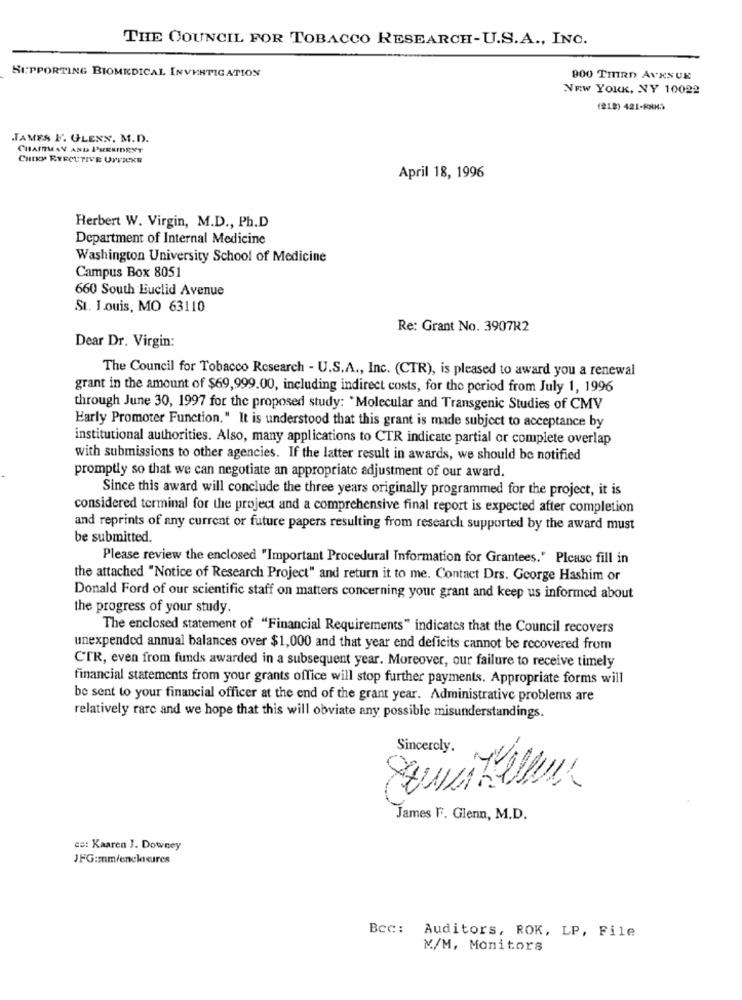
THE COUNCIL FOR TOBACCO RESEARCH-U.S.A ., INC.
SUPPORTING BIOMEDICAL INVESTIGATION
900 THIRD AVENUE
NEW YORK, NY 10022
(212) 421-88K>
TAMES F. GLENN. M.D.
CHAIRMAN AND PRESIDENT
CHI EXECUTIVE UFFICKR
April 18, 1996
Herbert W. Virgin, M.D ., Ph.D
Department of Internal Medicine
Washington University School of Medicine
Campus Box 8051
660 South Euclid Avenue
St. Louis, MO 63110
Re: Grant No. 3907R2
Dear Dr. Virgin:
The Council for Tobacco Research - U.S.A ., Inc. (CTR), is pleased to award you a renewal
grant in the amount of $69,999.00, including indirect costs, for the period from July 1, 1996
through June 30, 1997 for the proposed study: "Molecular and Transgenic Studies of CMV
Early Promoter Function." It is understood that this grant is made subject to acceptance by
institutional authorities. Also, many applications to CTR indicate partial or complete overlap
with submissions to other agencies. If the latter result in awards, we should be notified
promptly so that we can negotiate an appropriate adjustment of our award.
Since this award will conclude the three years originally programmed for the project, it is
considered terminal for the project and a comprehensive final report is expected after completion
and reprints of any current or future papers resulting from research supported by the award must
be submitted.
Please review the enclosed "Important Procedural Information for Grantees." Please fill in
the attached "Notice of Research Project" and return it to me. Contact Drs. George Hashim or
Donald Ford of our scientific staff on matters concerning your grant and keep us informed about
the progress of your study.
The enclosed statement of "Financial Requirements" indicates that the Council recovers
unexpended annual balances over $1,000 and that year end deficits cannot be recovered from
CTR, even from funds awarded in a subsequent year. Moreover, our failure to receive timely
financial statements from your grants office will stop further payments. Appropriate forms will
be sent to your financial officer at the end of the grant year. Administrative problems are
relatively rare and we hope that this will obviate any possible misunderstandings.
Sincerely.
-
James F. Glenn, M.D.
cc: Kaaren J. Downey
JFG:mm/enclosures
Bcc: Auditors, ROK, LP, File
M/M, Monitors